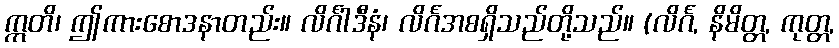
ဣတိ၊ ဤကားစောဒနာတည်း။ လိင်္ဂါဒီနံ၊ လိင်္ဂအစရှိသည်တို့သည်။ (လိင်္ဂ, နိမိတ္တ, ကုတ္တ,